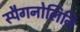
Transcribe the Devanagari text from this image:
स्पैगनोलिनि